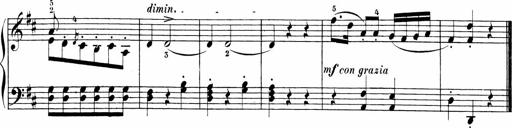
Title: Sonatinen Op.47, 98 und 136, nebst 6 Liedersonatinen
Composer: Carl Reinecke